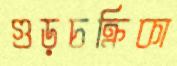
গুড়চক্রিকা